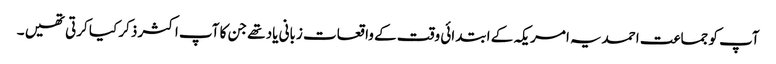
آپ کو جماعت احمدیہ امریکہ کے ابتدائی وقت کے واقعات زبانی یاد تھے جن کا آپ اکثر ذکر کیا کرتی تھیں ۔